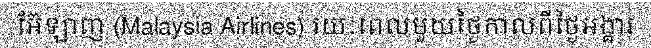
អ៊ែឡាញ (Malaysia Airlines) រយៈពេលមួយថ្ងៃកាលពីថ្ងៃអង្គារ